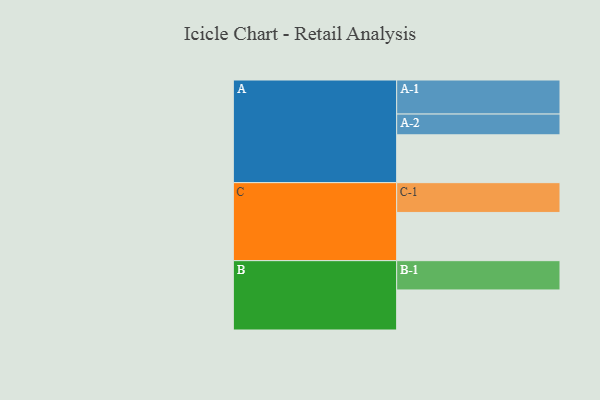
{"axis": {"x": "Segment", "y": "Value"}, "legend": ["", "A", "B", "C"], "data": [{"x": "A", "y": 392, "type": ""}, {"x": "B", "y": 328, "type": ""}, {"x": "C", "y": 395, "type": ""}, {"x": "A-1", "y": 279, "type": "A"}, {"x": "A-2", "y": 170, "type": "A"}, {"x": "B-1", "y": 240, "type": "B"}, {"x": "C-1", "y": 244, "type": "C"}]}